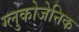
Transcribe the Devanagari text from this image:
ग्लुकोजेनिक